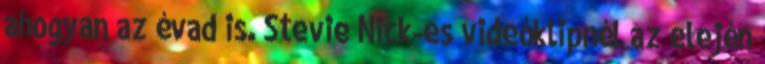
ahogyan az évad is. Stevie Nick-es videóklipnél az elején